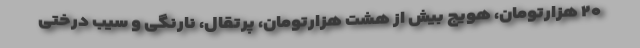
۲۰ هزارتومان، هویج بیش از هشت هزارتومان، پرتقال، نارنگی و سیب درختی